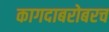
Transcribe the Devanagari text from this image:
कागदाबरोबरच